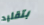
بتقليد